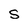
Character: s